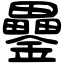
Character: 𨯔